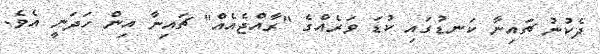
ދެކުނު ޗައިނާ ކަނޑުގައި ކުޑަ ވަރެއްގެ "ރާއްޖެއެއް" ޗައިނާ އިން ހަދަނީ އެވެ.